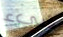
شيء